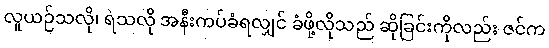
လူယဉ်သလို၊ ရဲသလို အနီးကပ်ခံရလျှင် ခံဖို့လိုသည် ဆိုခြင်းကိုလည်း ဇင်က